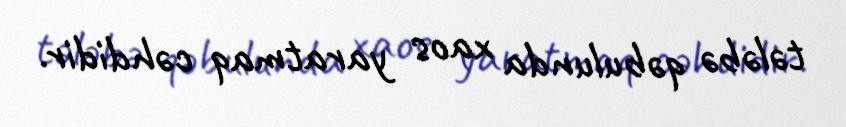
tələbə qəbulunda xaos yaratmaq cəhdidir.